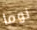
نوما